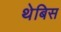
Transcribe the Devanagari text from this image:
थेबिस